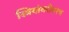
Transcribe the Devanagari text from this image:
स्त्रियांबरोबरच